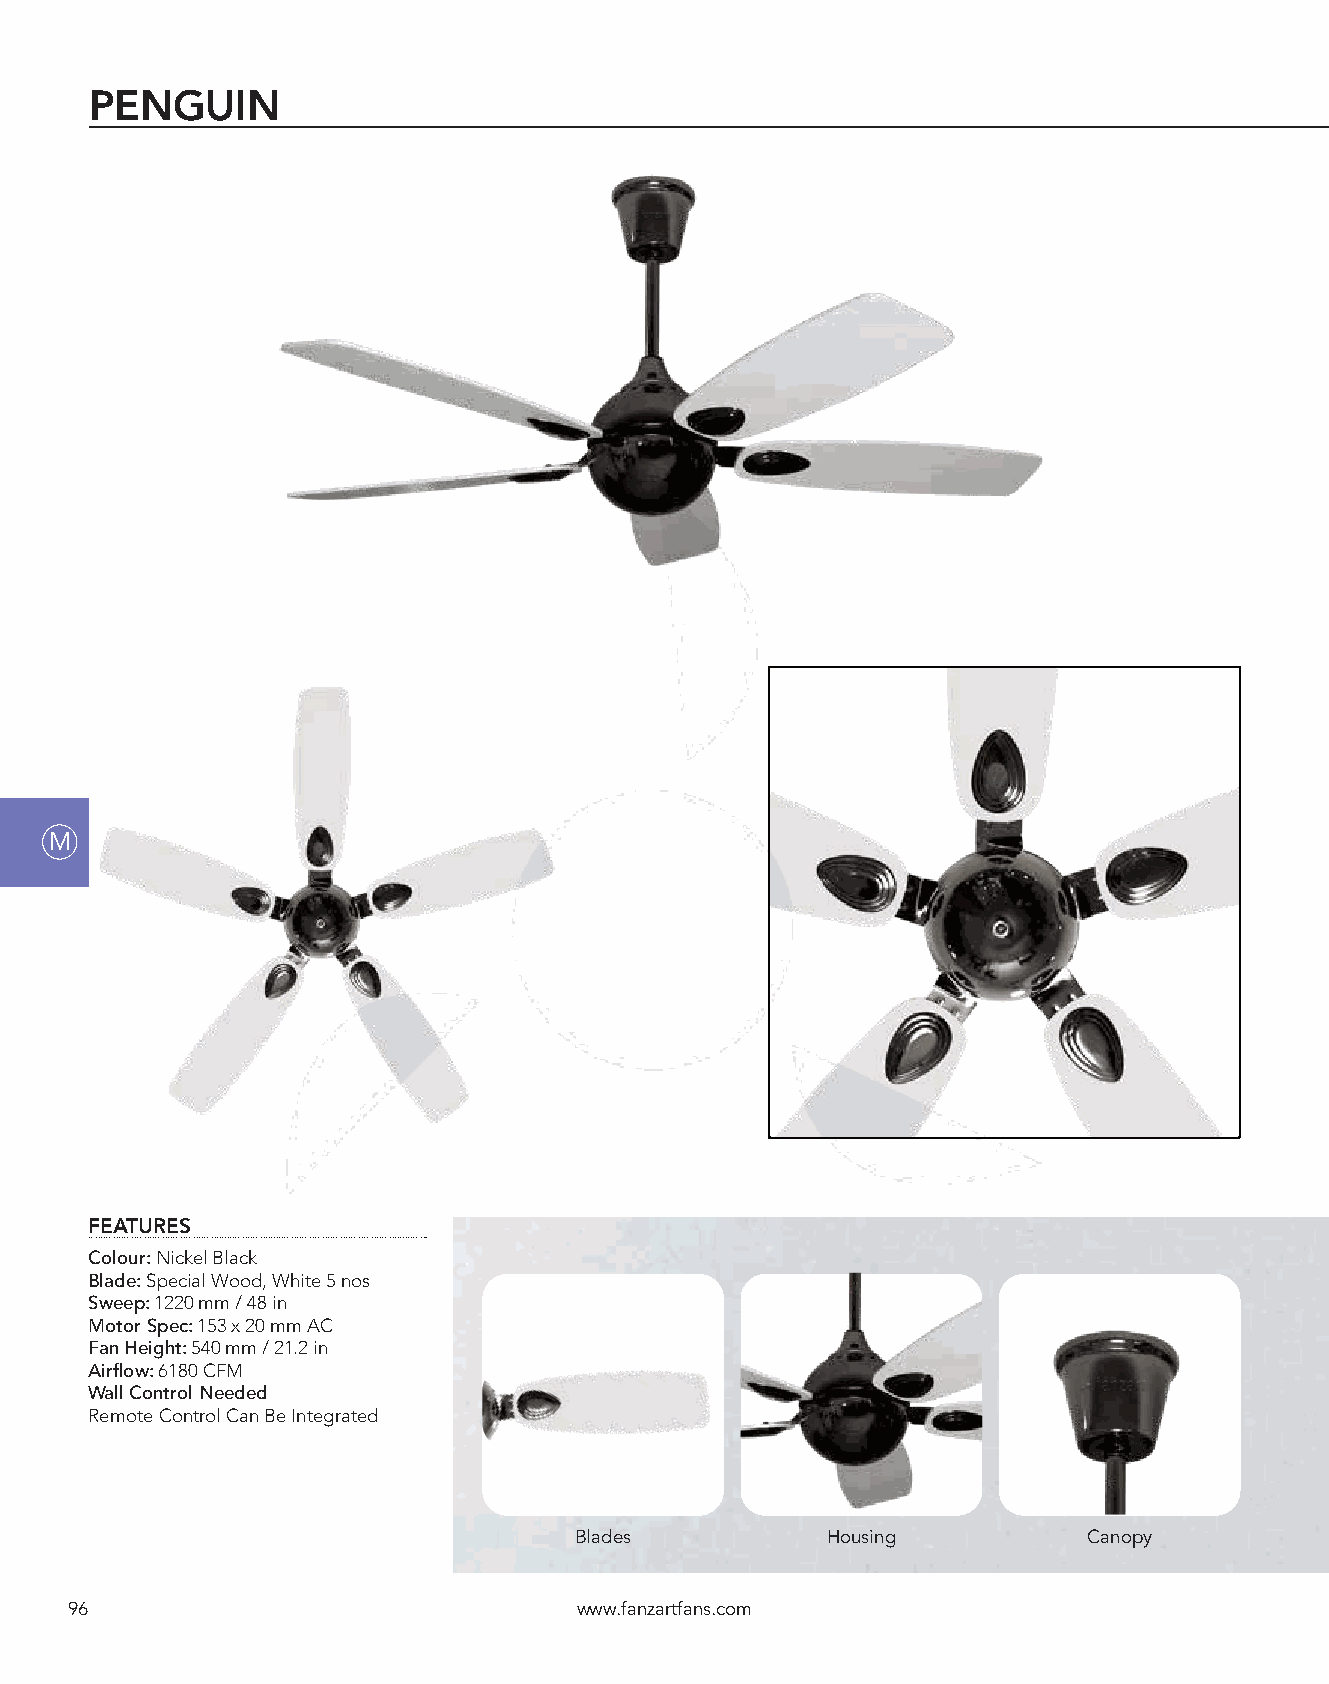
PENGUIN
 M
 FEATURES
 Colour: Nickel Black
 Blade: Special Wood, White 5 nos
 Sweep: 1220 mm / 48 in
 Motor Spec: 153 x 20 mm AC
 Fan Height: 540 mm / 21.2 in
 Airflow: 6180 CFM
 Wall Control Needed
 Remote Control Can Be Integrated
 Blades           Housing          Canopy
 96                                www.fanzartfans.com